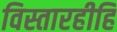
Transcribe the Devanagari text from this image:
विस्तारहीहि